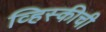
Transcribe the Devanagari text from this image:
व्हिस्कीची